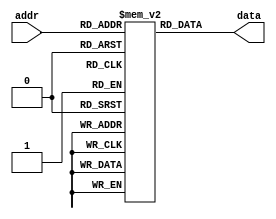
module rom
  (
    input [15:0] addr,
    output reg [7:0] data
  );

  reg [7:0] memory [0:65535];

  initial
    begin
      // Initialize memory with pre-programmed data values
      memory[0] = 8'b11001001;
      memory[1] = 8'b10101100;
      // Add more pre-programmed data values as needed
    end

  always @(addr)
    begin
      // Read data from memory based on address input
      data <= memory[addr];
    end

endmodule